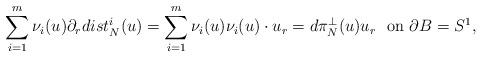
LaTeX: \begin{align*} \sum_{i=1}^m\nu_i(u)\partial_rdist^i_N(u) =\sum_{i=1}^m\nu_i(u)\nu_i(u)\cdot u_r=d\pi_N^{\perp}(u)u_r\ \hbox{ on } \partial B=S^1,\end{align*}